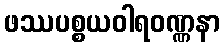
ဖဿပစ္စယဝါရဝဏ္ဏနာ